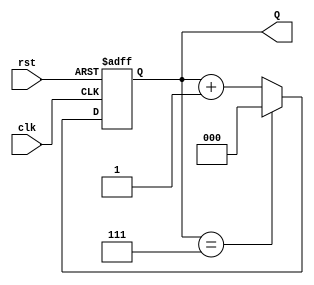
module up_counter_moore #(
    parameter N = 3  // Number of bits for the counter
)(
    input wire clk,   // Clock input
    input wire rst,   // Reset input (active high)
    output reg [N-1:0] Q  // Output count value
);

// State transition logic
always @(posedge clk or posedge rst) begin
    if (rst) begin
        Q <= 0;  // Reset the counter to 0
    end else begin
        if (Q == (1 << N) - 1) begin
            Q <= 0;  // Wrap around to 0 if maximum value is reached
        end else begin
            Q <= Q + 1;  // Increment the counter
        end
    end
end

endmodule